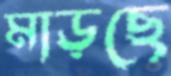
মাড়ছে